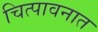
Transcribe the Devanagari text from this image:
चित्पावनात